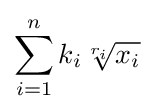
\sum _{i=1}^{n}k_{i}{\sqrt[{r_{i}}]{x_{i}}}